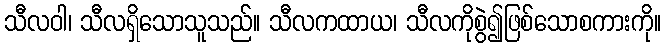
သီလဝါ၊ သီလရှိသောသူသည်။ သီလကထာယ၊ သီလကိုစွဲ၍ဖြစ်သောစကားကို။